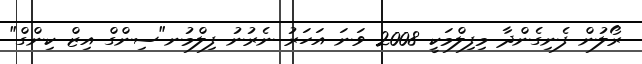
ރޯލުން ފެނިގެންދާ މިފިލްމަކީ 2008 ވަނަ އަހަރު ނެރުނު ފިލްމުނ"ސިންގް އިޒް ކިންގް"